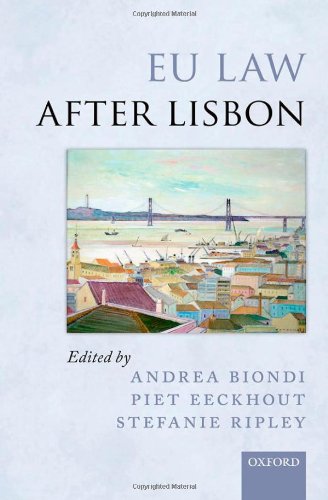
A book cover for EU Law after Lisbon; Andrea Biondi; Law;